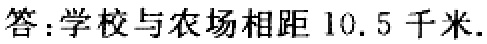
答：学校与农场相距 \(10.5\) 千米.